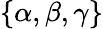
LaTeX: \{ \alpha,\beta,\gamma\}